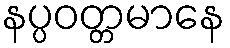
နပ္ပဝတ္တမာနေ